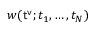
w ( { \sf t ^ { v } } ; t _ { 1 } , \dots , t _ { N } )